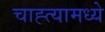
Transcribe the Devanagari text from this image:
चाह्त्यामध्ये